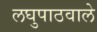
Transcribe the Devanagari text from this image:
लघुपाठवाले